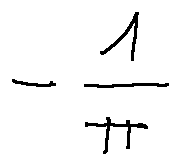
- \frac { 1 } { \pi }